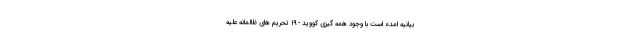
بیانیه امده است با وجود همه گیری کووید - ۱۹ تحریم های ظالمانه علیه